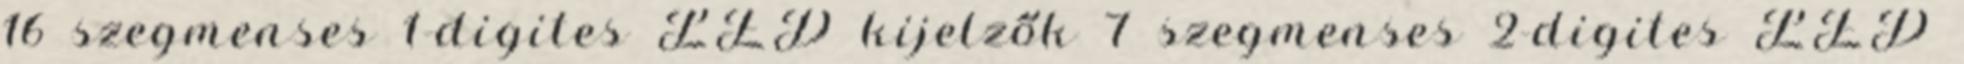
16 szegmenses 1-digites LED kijelzők 7 szegmenses 2-digites LED